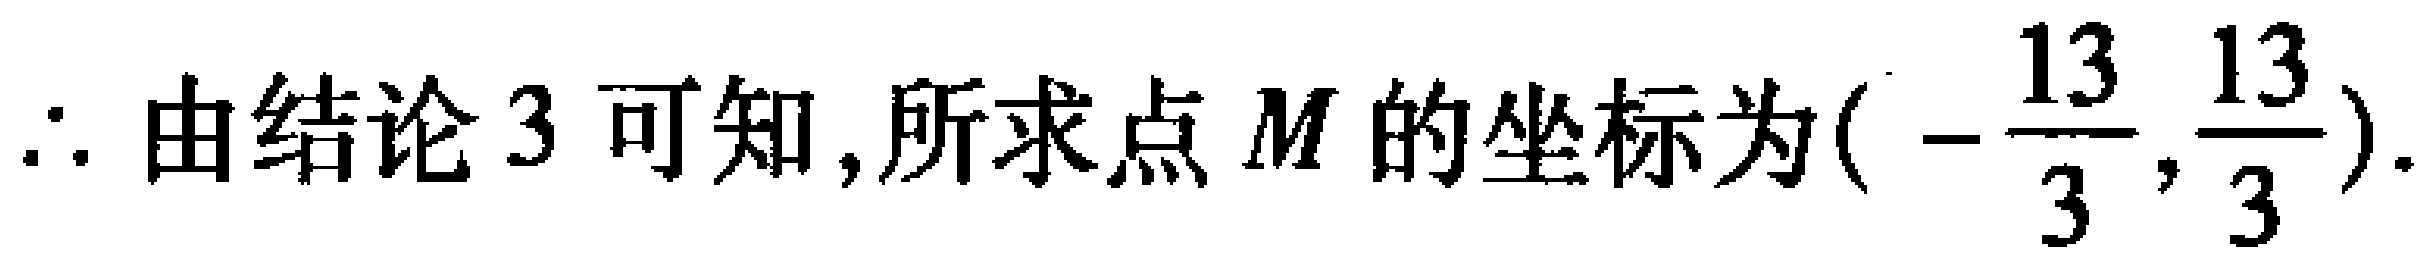
$\therefore$ 由结论 3 可知,所求点 $M$ 的坐标为$(-\dfrac{13}{3},\dfrac{13}{3})$.